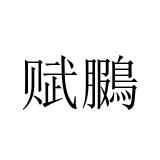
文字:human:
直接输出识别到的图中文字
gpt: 赋鵩